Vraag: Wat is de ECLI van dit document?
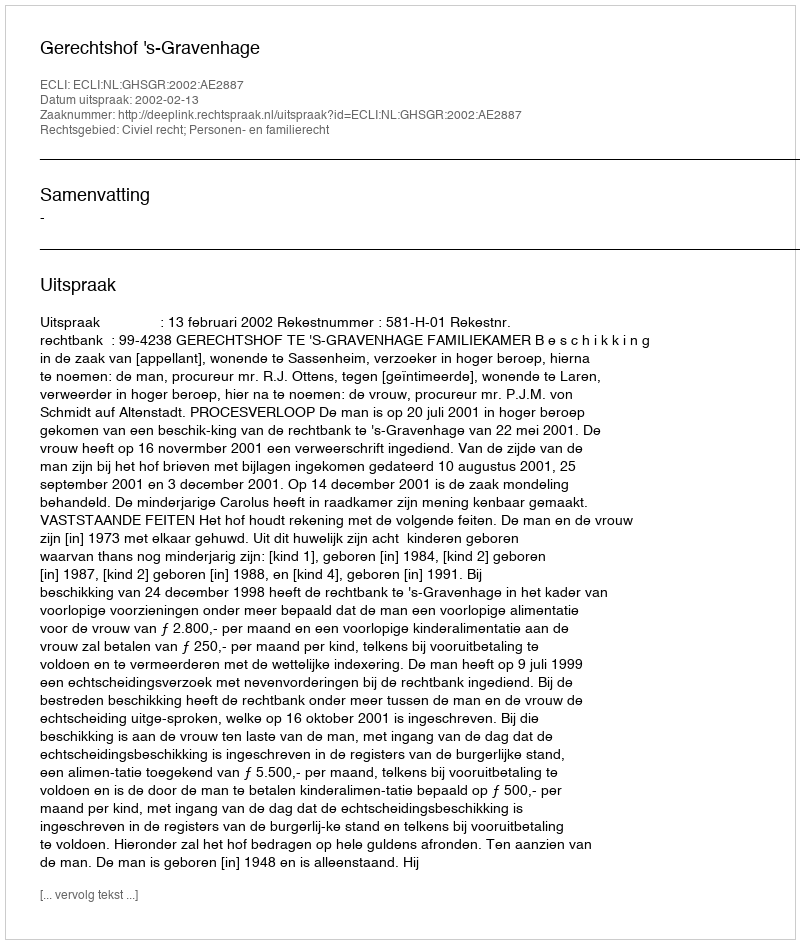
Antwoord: ECLI:NL:GHSGR:2002:AE2887